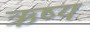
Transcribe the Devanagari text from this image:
ऋष्य